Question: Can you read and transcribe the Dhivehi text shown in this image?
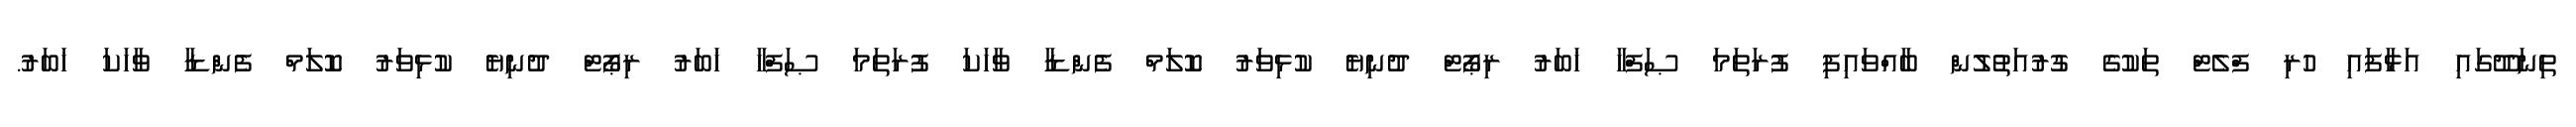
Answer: ތިނަދޫގައި އަޅާފައި ހުރި ފްލެޓް ތަކުގެ ގުރުއަތުލުން ބާއްވައިފި ފުރަތަމަ ޞަފްހާ ޚަބަރު ރިޕޯޓް ދުނިޔެ ކުޅިވަރު ކޮލަމް ފެންޑާ ވާހަކަ ފުރަތަމަ ޞަފްހާ ޚަބަރު ރިޕޯޓް ދުނިޔެ ކުޅިވަރު ކޮލަމް ފެންޑާ ވާހަކަ ޚަބަރު.